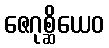
ဇေဂုစ္ဆိယေဝ